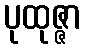
ပုထုဇ္ဇာ